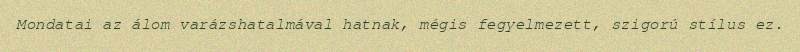
Mondatai az álom varázshatalmával hatnak, mégis fegyelmezett, szigorú stílus ez.